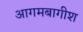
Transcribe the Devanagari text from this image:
आगमबागीश